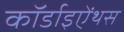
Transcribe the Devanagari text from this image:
कॉर्डाइऐंथस